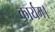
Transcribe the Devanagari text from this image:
कार्यम्।